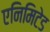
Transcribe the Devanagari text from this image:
एनिमिटेड